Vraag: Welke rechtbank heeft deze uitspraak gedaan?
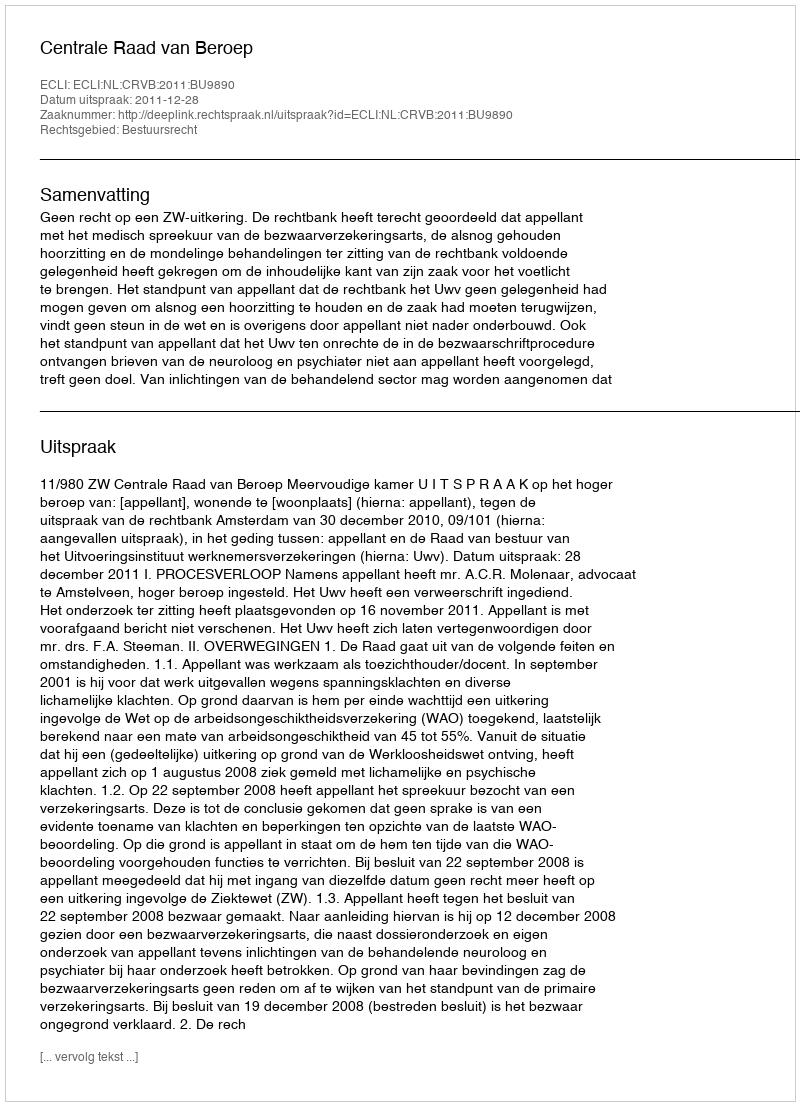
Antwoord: Centrale Raad van Beroep